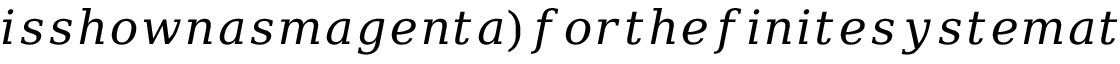
i s s h o w n a s m a g e n t a ) f o r t h e f i n i t e s y s t e m a t